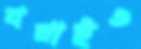
বনাইও